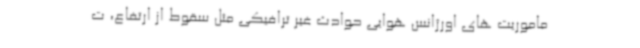
ماموریت های اورژانس هوایی حوادث غیر ترافیکی مثل سقوط از ارتفاع، ت